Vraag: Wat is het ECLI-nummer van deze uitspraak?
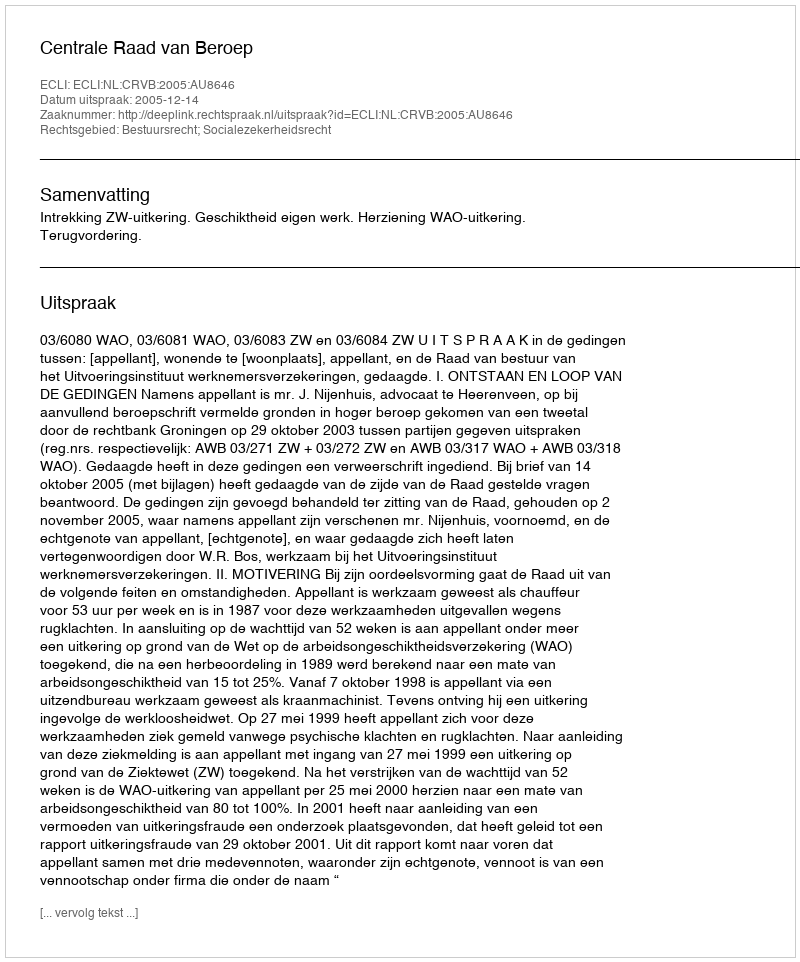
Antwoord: ECLI:NL:CRVB:2005:AU8646